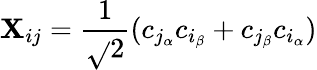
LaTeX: \mathbf{X}_{ij}=\frac{{1}}{{\sqrt{}{{2}}}}(c_{{j_{\alpha}}}c_{{i_{\beta}}}+c_{{j_{\beta}}}c_{{i_{\alpha}}})